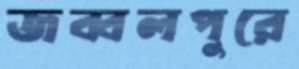
জব্বলপুরে